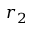
r _ { 2 }